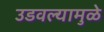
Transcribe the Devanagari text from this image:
उडवल्यामुळे